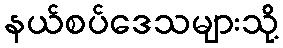
နယ်စပ်ဒေသများသို့